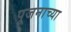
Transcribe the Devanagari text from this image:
पूजनाच्या